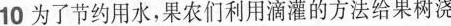
10为了节约用水，果农们利用滴灌的方法给果树浇水。